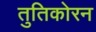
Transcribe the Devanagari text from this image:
तुतिकोरन